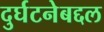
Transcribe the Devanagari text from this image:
दुर्घटनेबद्दल